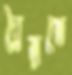
দ্বৈরথে